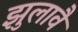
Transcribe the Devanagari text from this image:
झुलावै